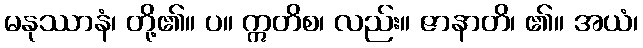
မနုဿာနံ၊ တို့၏။ ပ။ ဣတိစ၊ လည်း။ ဇာနာတိ၊ ၏။ အယံ၊